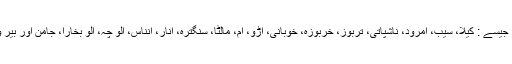
2 پھل: جیسے : کیلا، سیب، امرود، ناشپاتی، تربوز، خربوزہ، خوبانی، آڑو، آم، مالٹا، سنگترہ، انار، انناس، آلو چہ، آلو بخارا، جامن اور بیر وغیرہ ۔